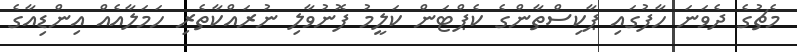
މެޗުގެ ދެވަނަ ހާފުގައި ޕާކިސްތާންގެ ކެޕްޓަން ކަލީމު ފޮނުވާލި ނުރައްކާތެރި ހަމަލާއެއް އިންޑިއާގެ